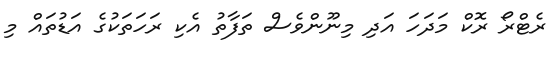
ރެޓްރޯ ރޮކް މަދަހަ އަދި މިނޫންވެސް ތަފާތު އެކި ރަހަތަކުގެ އަޑުތައް މި